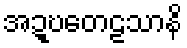
အဍ္ဎတေဠသာနိ